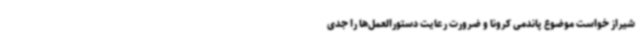
شیراز خواست موضوع پاندمی کرونا و ضرورت رعایت دستورالعمل‌ها را جدی